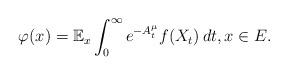
LaTeX: \begin{align*}\varphi(x)= \mathbb E_x\int_0^\infty e^{-A^\mu_t}f(X_t)\,dt,x\in E.\end{align*}